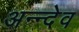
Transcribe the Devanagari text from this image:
अन्न्देव